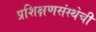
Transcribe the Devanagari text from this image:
प्रशिक्षणसंस्थेची